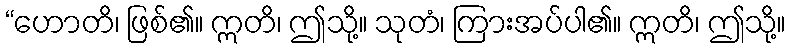
“ဟောတိ၊ ဖြစ်၏။ ဣတိ၊ ဤသို့။ သုတံ၊ ကြားအပ်ပါ၏။ ဣတိ၊ ဤသို့။